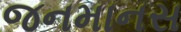
જનમાનસ